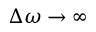
\Delta \omega \rightarrow \infty